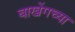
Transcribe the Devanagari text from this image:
बाखेंगच्या